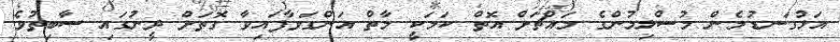
އަޅުގަނޑުމެން މުސްލިމުންގެ މައްޗަށް އޮތް ކަމަކީ މާތް އަންގަވާފައިވާ ގޮތަށް ދީނުގައި ސާބިތުވެ